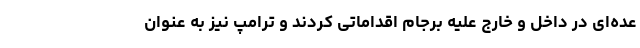
عده‌ای در داخل و خارج علیه برجام اقداماتی کردند و ترامپ نیز به عنوان